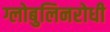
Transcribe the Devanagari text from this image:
ग्लोबुलिनरोधी